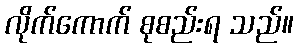
လိုက်ကောက် စုစည်းရ သည်။